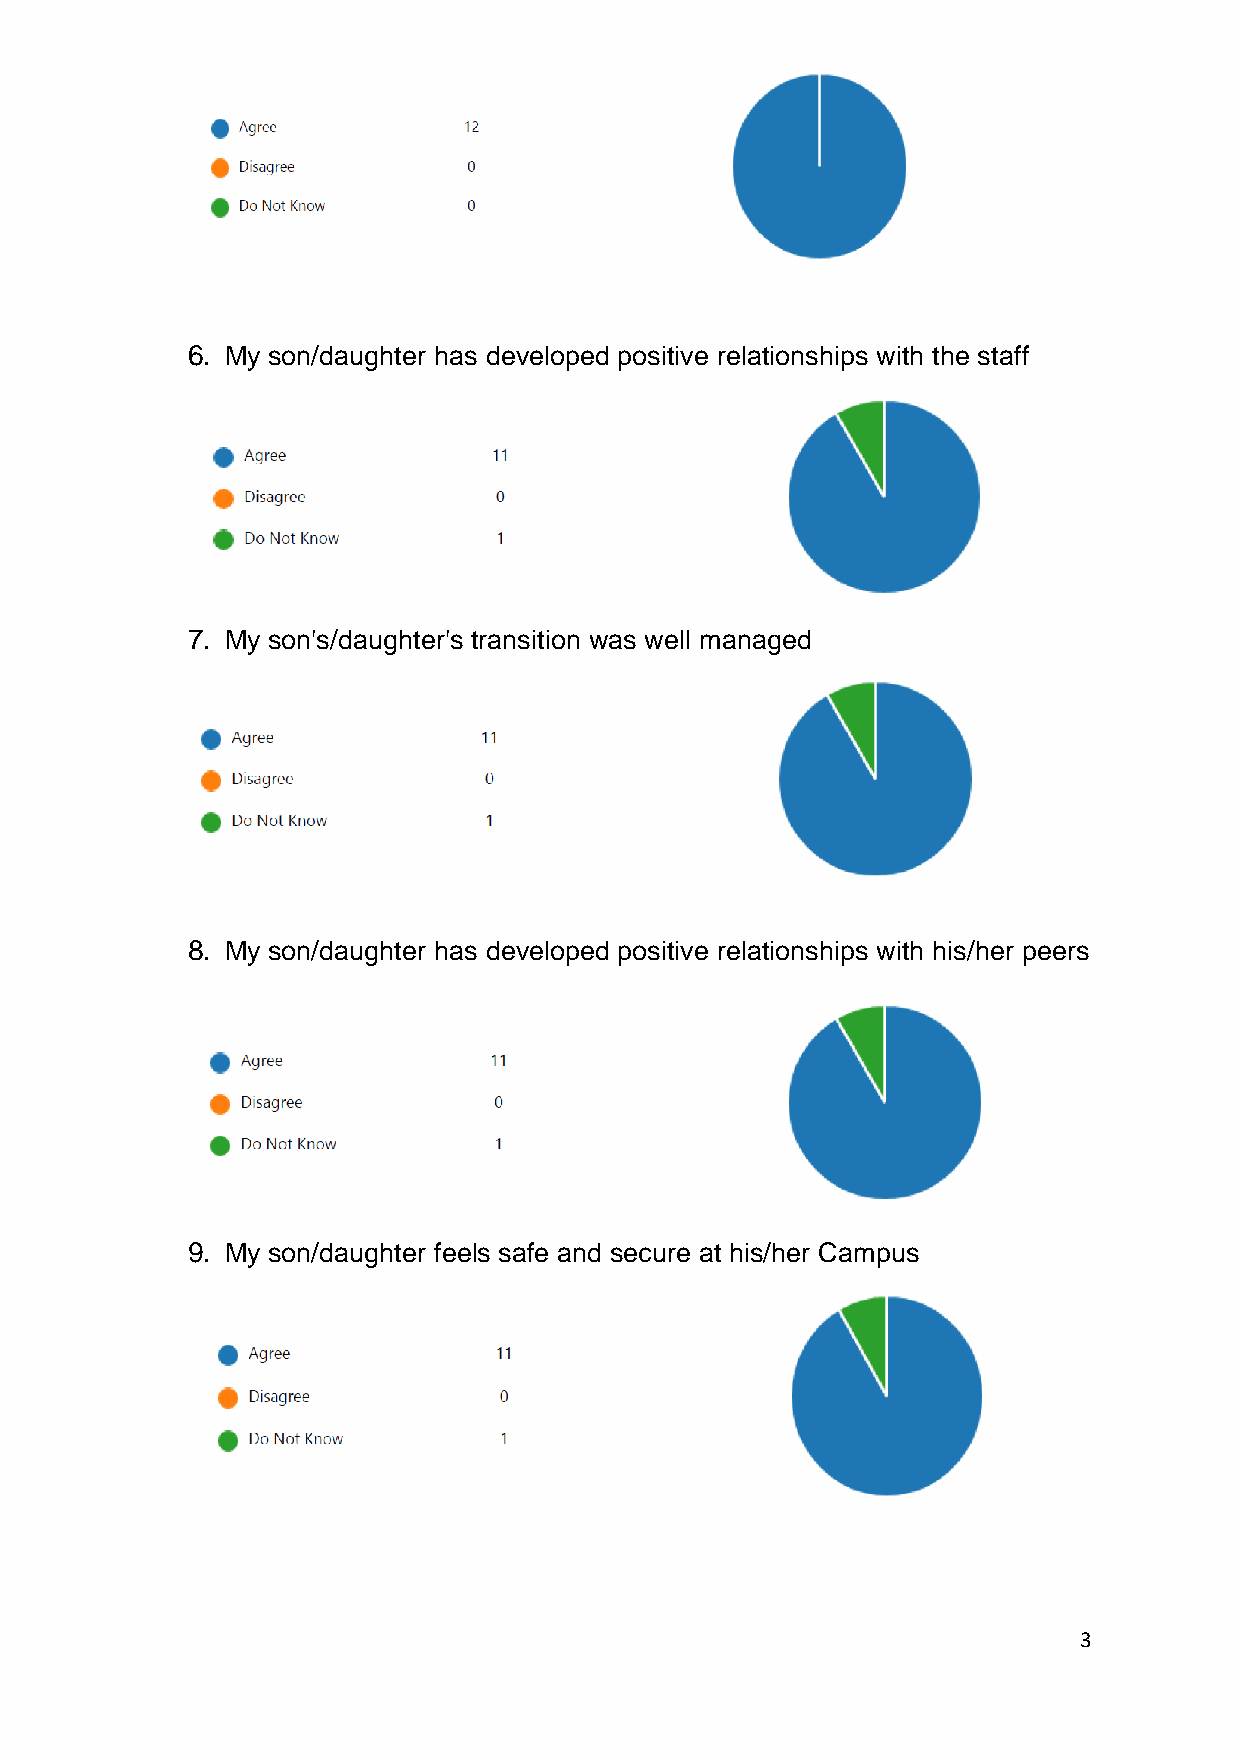
6. My son/daughter has developed positive relationships with the staff
 7. My son's/daughter's transition was well managed
 8. My son/daughter has developed positive relationships with his/her peers
 9. My son/daughter feels safe and secure at his/her Campus
 3